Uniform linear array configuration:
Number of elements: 32
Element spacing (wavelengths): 0.5
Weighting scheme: kaiser
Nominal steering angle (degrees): -15
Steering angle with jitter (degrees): -14.683
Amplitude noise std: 0.05
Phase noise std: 0.05

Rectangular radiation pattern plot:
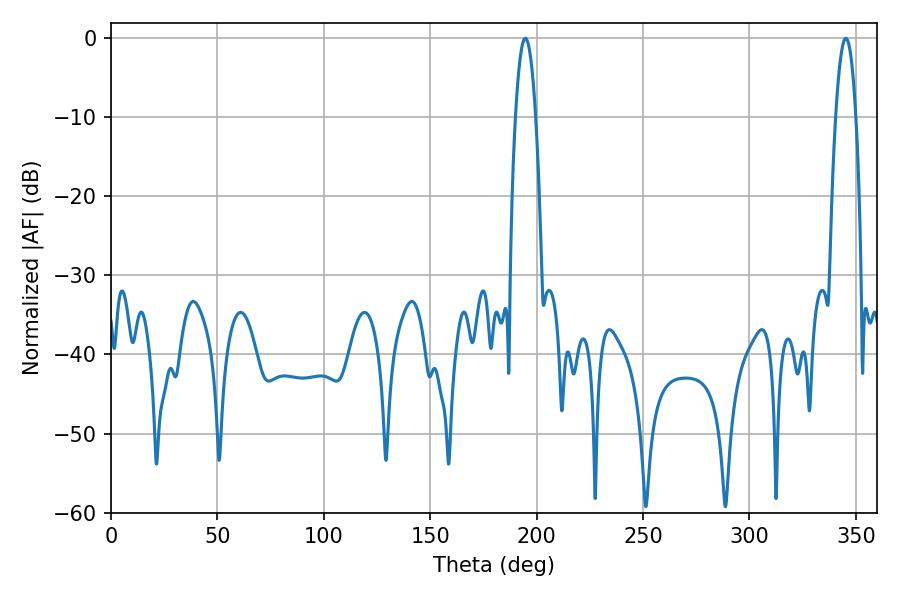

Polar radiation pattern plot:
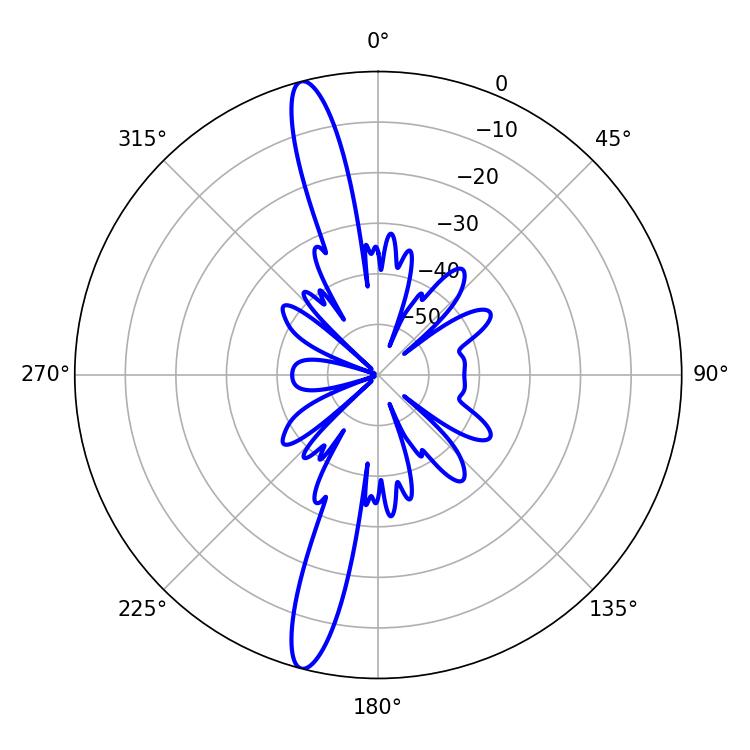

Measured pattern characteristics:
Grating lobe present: FALSE
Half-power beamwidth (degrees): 5.22
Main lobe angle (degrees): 194.76